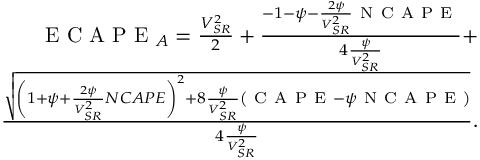
\begin{array} { r } { \mathrm { ~ E ~ C ~ A ~ P ~ E ~ } _ { A } = \frac { V _ { S R } ^ { 2 } } { 2 } + \frac { - 1 - \psi - \frac { 2 \psi } { V _ { S R } ^ { 2 } } \mathrm { ~ N ~ C ~ A ~ P ~ E ~ } } { 4 \frac { \psi } { V _ { S R } ^ { 2 } } } + } \\ { \frac { \sqrt { \left( 1 + \psi + \frac { 2 \psi } { V _ { S R } ^ { 2 } } N C A P E \right) ^ { 2 } + 8 \frac { \psi } { V _ { S R } ^ { 2 } } \left( \mathrm { ~ C ~ A ~ P ~ E ~ } - \psi \mathrm { ~ N ~ C ~ A ~ P ~ E ~ } \right) } } { 4 \frac { \psi } { V _ { S R } ^ { 2 } } } . } \end{array}